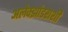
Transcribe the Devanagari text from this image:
अलेक्झांडराशी